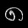
Digit: ၈